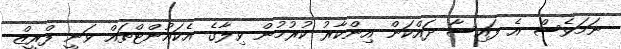
ނަމަވެސް އެ ފައިސާ ދައްކަން އިންކާރު ކުރުމުން ވިލާގެ އެކައުންޓްތައް ވަނީ ފްރީޒް